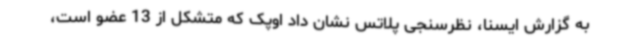
به گزارش ایسنا، نظرسنجی پلاتس نشان داد اوپک که متشکل از 13 عضو است،